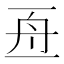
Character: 𠄭